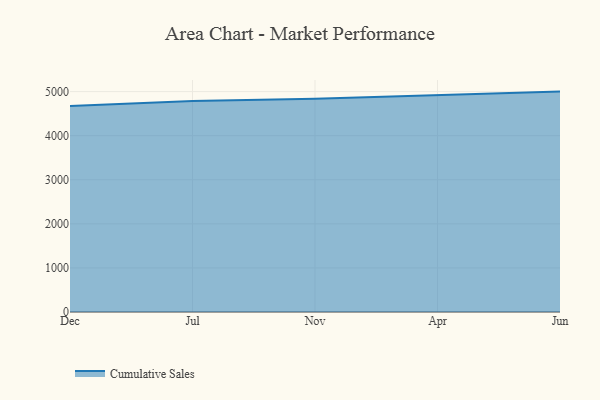
{"axis": {"x": "Month", "y": "Gross Profit (USD K)"}, "legend": ["Cumulative Sales"], "data": [{"x": "Dec", "y": 4674.8, "type": "Cumulative Sales"}, {"x": "Jul", "y": 4785.1, "type": "Cumulative Sales"}, {"x": "Nov", "y": 4836.9, "type": "Cumulative Sales"}, {"x": "Apr", "y": 4926.0, "type": "Cumulative Sales"}, {"x": "Jun", "y": 5000, "type": "Cumulative Sales"}]}